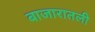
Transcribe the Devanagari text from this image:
बाजारातली